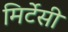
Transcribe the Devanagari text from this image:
मिर्टेसी